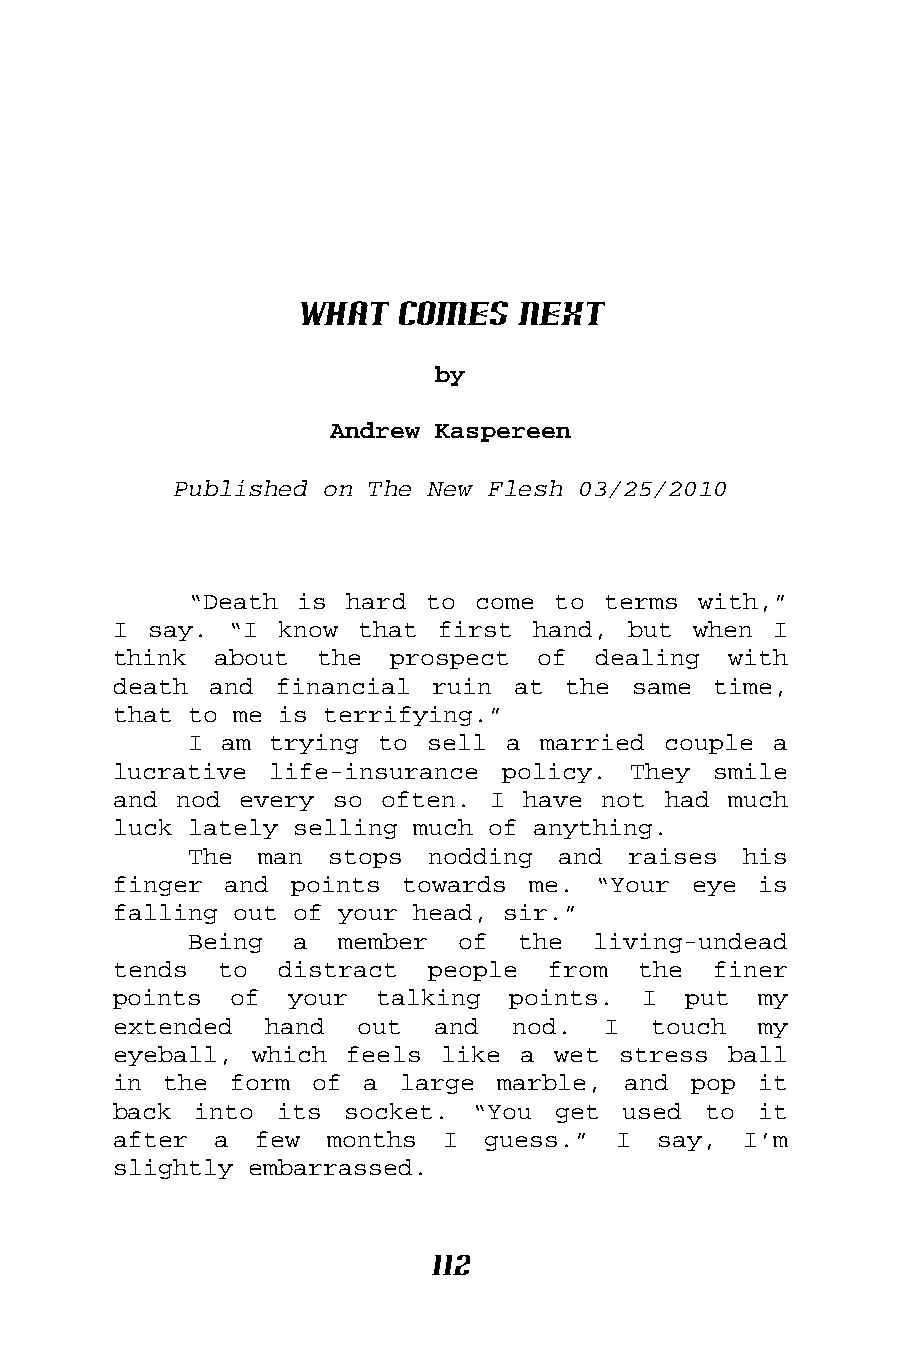
What   Comes   Next
 by
 Andrew Kaspereen
 Published on The New Flesh 03/25/2010
 “Death is hard  to come to terms  with,”
 I say. “I  know that first  hand, but when  I
 think  about the  prospect  of  dealing  with
 death and  financial ruin at  the same  time,
 that to me is terrifying.”
 I am trying to  sell a married couple  a
 lucrative life-insurance  policy. They  smile
 and nod every so  often. I have not had  much
 luck lately selling much of anything.
 The man  stops  nodding and  raises  his
 finger and  points towards me.  “Your eye  is
 falling out of your head, sir.”
 Being  a  member  of  the  living-undead
 tends  to  distract  people  from  the  finer
 points  of your  talking  points.  I  put  my
 extended  hand  out  and  nod.  I  touch   my
 eyeball, which feels  like a wet stress  ball
 in the  form of  a large marble,  and pop  it
 back into  its socket.  “You get  used to  it
 after  a few  months  I guess.”  I  say,  I’m
 slightly embarrassed.
 112